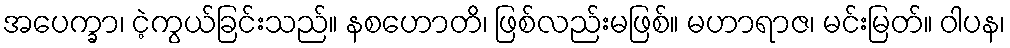
အပေက္ခာ၊ ငဲ့ကွယ်ခြင်းသည်။ နစဟောတိ၊ ဖြစ်လည်းမဖြစ်။ မဟာရာဇ၊ မင်းမြတ်။ ဝါပန၊